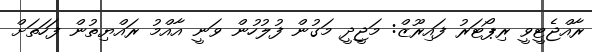
ރާއްޖެޓީވީ ރިޕޯޓަރު ފައިރޫޒް: މަޖީދީ މަގުން ފުލުހުން ވަނީ އާއްމު ރައްޔިތުން ފަހަތަށް